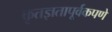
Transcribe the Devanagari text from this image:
कृतज्ञतापूर्वकपणे